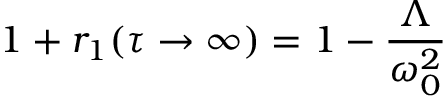
1 + r _ { 1 } ( \tau \to \infty ) = 1 - \frac { \Lambda } { \omega _ { 0 } ^ { 2 } }